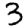
Digit: 3